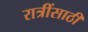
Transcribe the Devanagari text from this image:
रात्रींसाठी